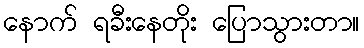
နောက် ရခီးနေတိုး ပြောသွားတာ။